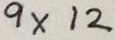
9 \times 1 2